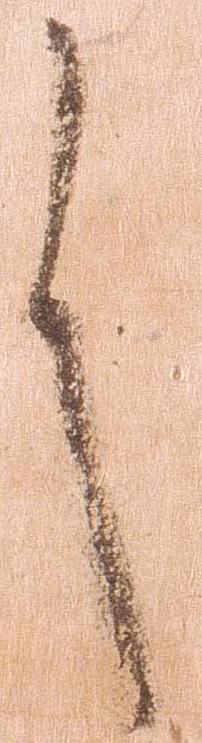
言